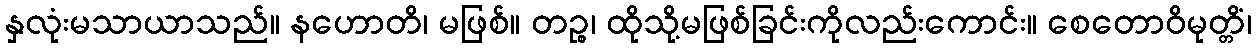
နှလုံးမသာယာသည်။ နဟောတိ၊ မဖြစ်။ တဉ္စ၊ ထိုသို့မဖြစ်ခြင်းကိုလည်းကောင်း။ စေတောဝိမုတ္တိံ၊